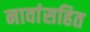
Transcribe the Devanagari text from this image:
नावांसहित